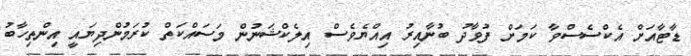
ޑާޓާއަށް އެކްސެސްވާ ކަމަށް ފުވާދު ބުނާއިރު އިއްޔެވެސް އިލެކްޝަނުން މަސައްކަތް ކުރަމުންދިޔައީ އިންތިހާބު